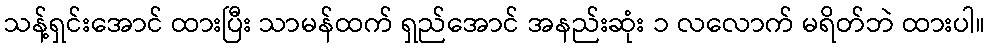
သန့်ရှင်းအောင် ထားပြီး သာမန်ထက် ရှည်အောင် အနည်းဆုံး ၁ လလောက် မရိတ်ဘဲ ထားပါ။